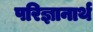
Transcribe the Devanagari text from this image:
परिज्ञानार्थ